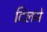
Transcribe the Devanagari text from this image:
दिलमे